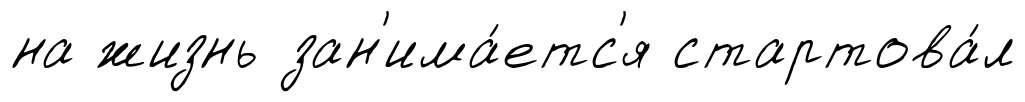
на жизнь зан'има́етс'я стартова́л